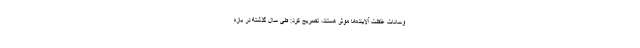
وسانات غلظت آلاینده‌ها موثر هستند، تصریح کرد: طی سال گذشته در بازه